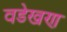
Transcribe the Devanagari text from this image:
वडेखण